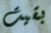
بقيت